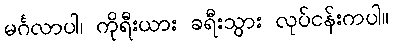
မင်္ဂလာပါ၊ ကိုရီးယား ခရီးသွား လုပ်ငန်းကပါ။